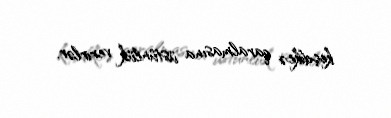
keçdikcə qaralmasına üstünlük verirlər.